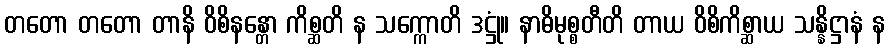
တတော တတော တာနိ ဝိစိနန္တော ကိစ္ဆတိ န သက္ကောတိ ဒဋ္ဌုံ။ နာဓိမုစ္စတီတိ တာယ ဝိစိကိစ္ဆာယ သန္နိဋ္ဌာနံ န